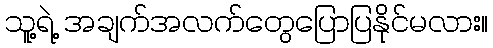
သူ့ရဲ့ အချက်အလက်တွေပြောပြနိုင်မလား။